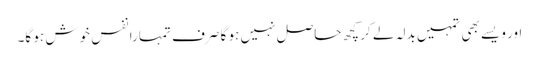
اور ویسے بھی تمہیں بدلہ لے کر کچھ حاصل نہیں ہو گا صرف تمہارا نفس خوش ہو گا۔